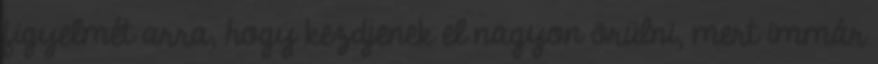
figyelmét arra, hogy kezdjenek el nagyon örülni, mert immár